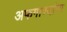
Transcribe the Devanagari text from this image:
अफगाण्यांना